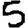
Digit: 5